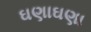
ઘણાઘણા